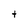
Character: t